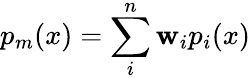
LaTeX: p_{m}(x)=\sum_{i}^{n}\mathbf{w}_{i}p_{i}(x)